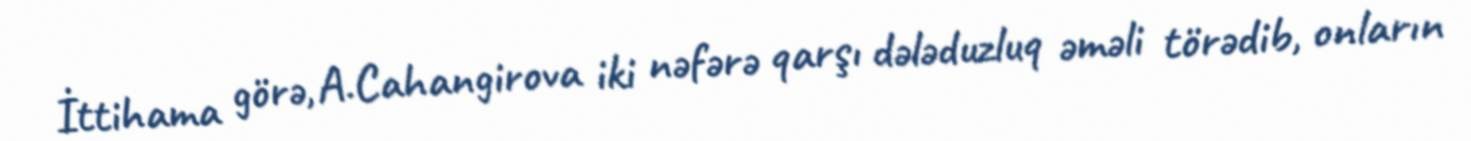
İttihama görə, A.Cahangirova iki nəfərə qarşı dələduzluq əməli törədib, onların